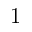
1